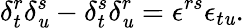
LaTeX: \delta_{t}^{r}\delta_{\mathit{u}}^{s}-\delta_{t}^{s}\delta_{\mathit{u}}^{r}=\epsilon^{rs}\epsilon_{t\mathit{u}}.